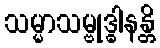
သမ္မာသမ္ဗုဒ္ဓါနန္တိ